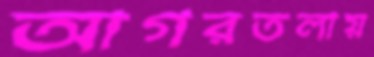
আগরতলায়